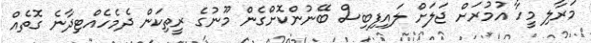
މަރާލި މީހާ އުމުރަށް ޖަލަށް ލައިފިބިސް ބޭނުންކޮށްގެން މޫނުގެ ރީތިކަން ދެމެހެއްޓިދާނެ ގޮތެއް